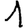
Digit: 1